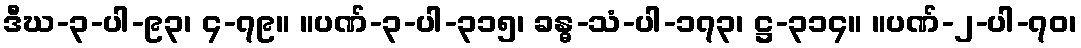
ဒီဃ-၃-ပါ-၉၃၊ ၄-၇၉။ ။ပဏ်-၃-ပါ-၃၁၅၊ ခန္ဓ-သံ-ပါ-၁၇၃၊ ဋ္ဌ-၃၁၄။ ။ပဏ်-၂-ပါ-၇၀၊